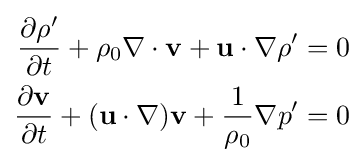
{\begin{aligned}{\frac {\partial \rho '}{\partial t}}+\rho _{0}\nabla \cdot \mathbf {v} +\mathbf {u} \cdot \nabla \rho '&=0\\{\frac {\partial \mathbf {v} }{\partial t}}+(\mathbf {u} \cdot \nabla )\mathbf {v} +{\frac {1}{\rho _{0}}}\nabla p'&=0\end{aligned}}